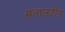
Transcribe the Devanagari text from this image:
सलाऊद्दीन